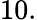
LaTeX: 10.